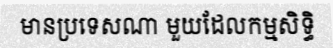
មានប្រទេសណា មួយដែលកម្មសិទ្ធិ